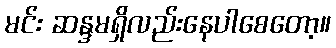
မင်း ဆန္ဒမရှိလည်းနေပါစေတော့။